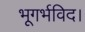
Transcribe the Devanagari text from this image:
भूगर्भविद।